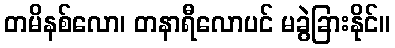
တမိနစ်လော၊ တနာရီလောပင် မခွဲခြားနိုင်။